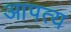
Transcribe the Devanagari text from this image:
आपत्य